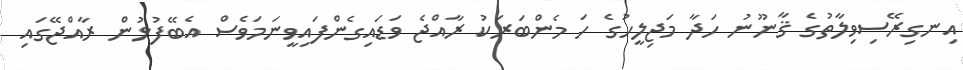
އިނގިރޭސިވިލާތުގެ ޤާނޫނު ހަދާ މަޖިލީހުގެ ހަ މެންބަރަކު ރާއްޖެ ވަޑައިގެންފައިވީނަމަވެސް އެބޭފުޅުން ރާއްޖޭގައި